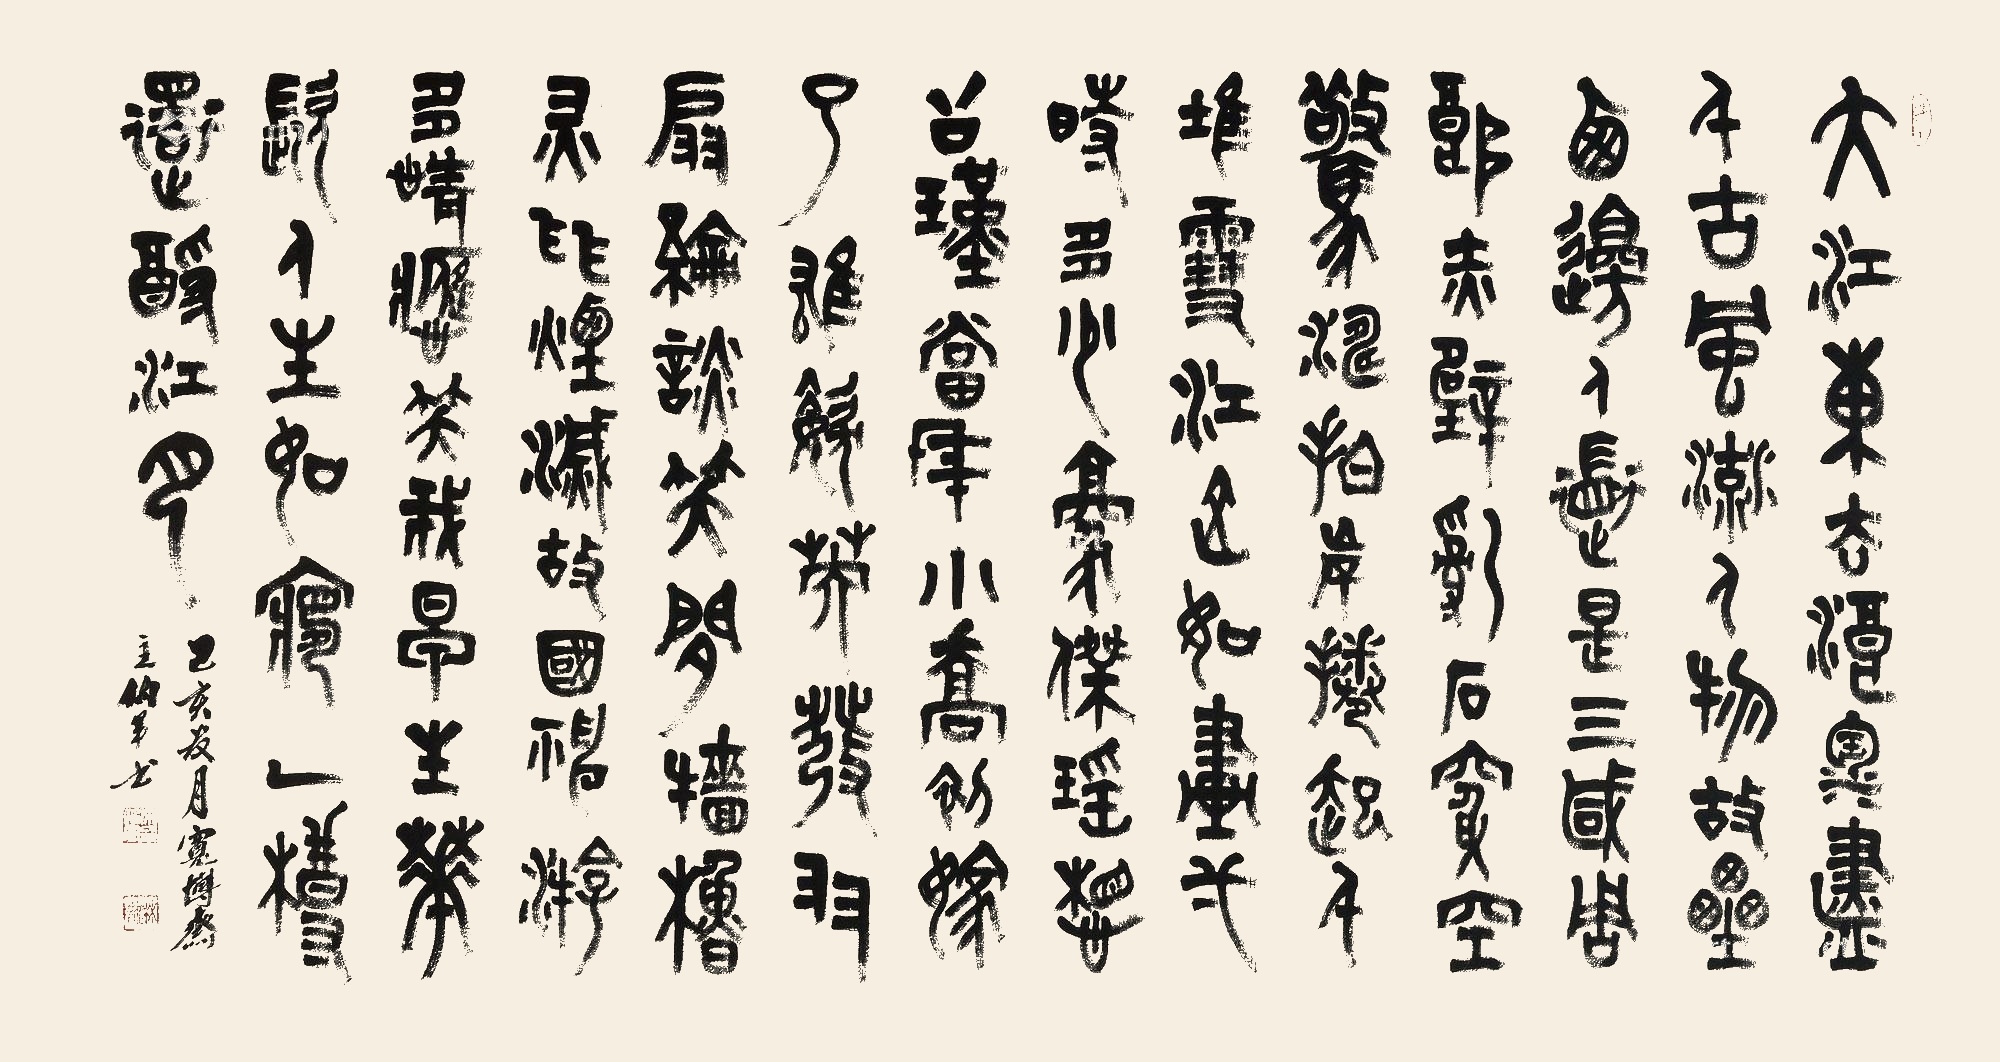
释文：大江东去，浪淘尽，千古风流人物。故垒西边，人道是，三国周郎赤壁。乱石穿空，惊涛拍岸，卷起千堆雪。江山如画，一时多少豪杰。遥想公瑾当年，小乔初嫁了，雄姿英发。羽扇纶巾，谈笑间，樯橹灰飞烟灭。故国神游，多情应笑我，早生华发。人生如梦，一尊还酹江月。己亥夏月宽博斋主伯军书